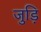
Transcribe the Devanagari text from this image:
जुड़ि